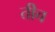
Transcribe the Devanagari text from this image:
तीच